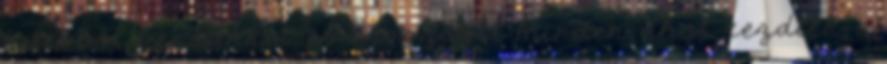
ki ebből bennünket, és visszaáll minden, ahol kezdték, a